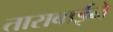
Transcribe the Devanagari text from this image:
ताराबाईने